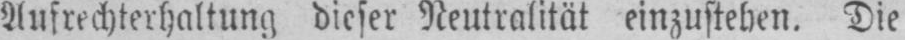
Aufrechterhaltung dieser Neutralität einzustehen. Die